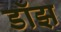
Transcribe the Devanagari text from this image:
डॉझ